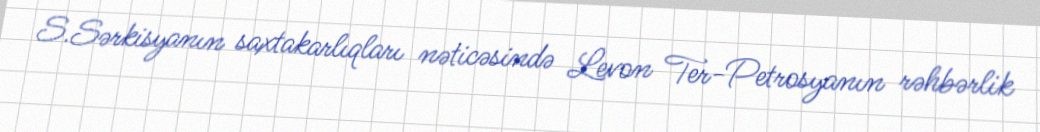
S.Sərkisyanın saxtakarlıqları nəticəsində Levon Ter-Petrosyanın rəhbərlik